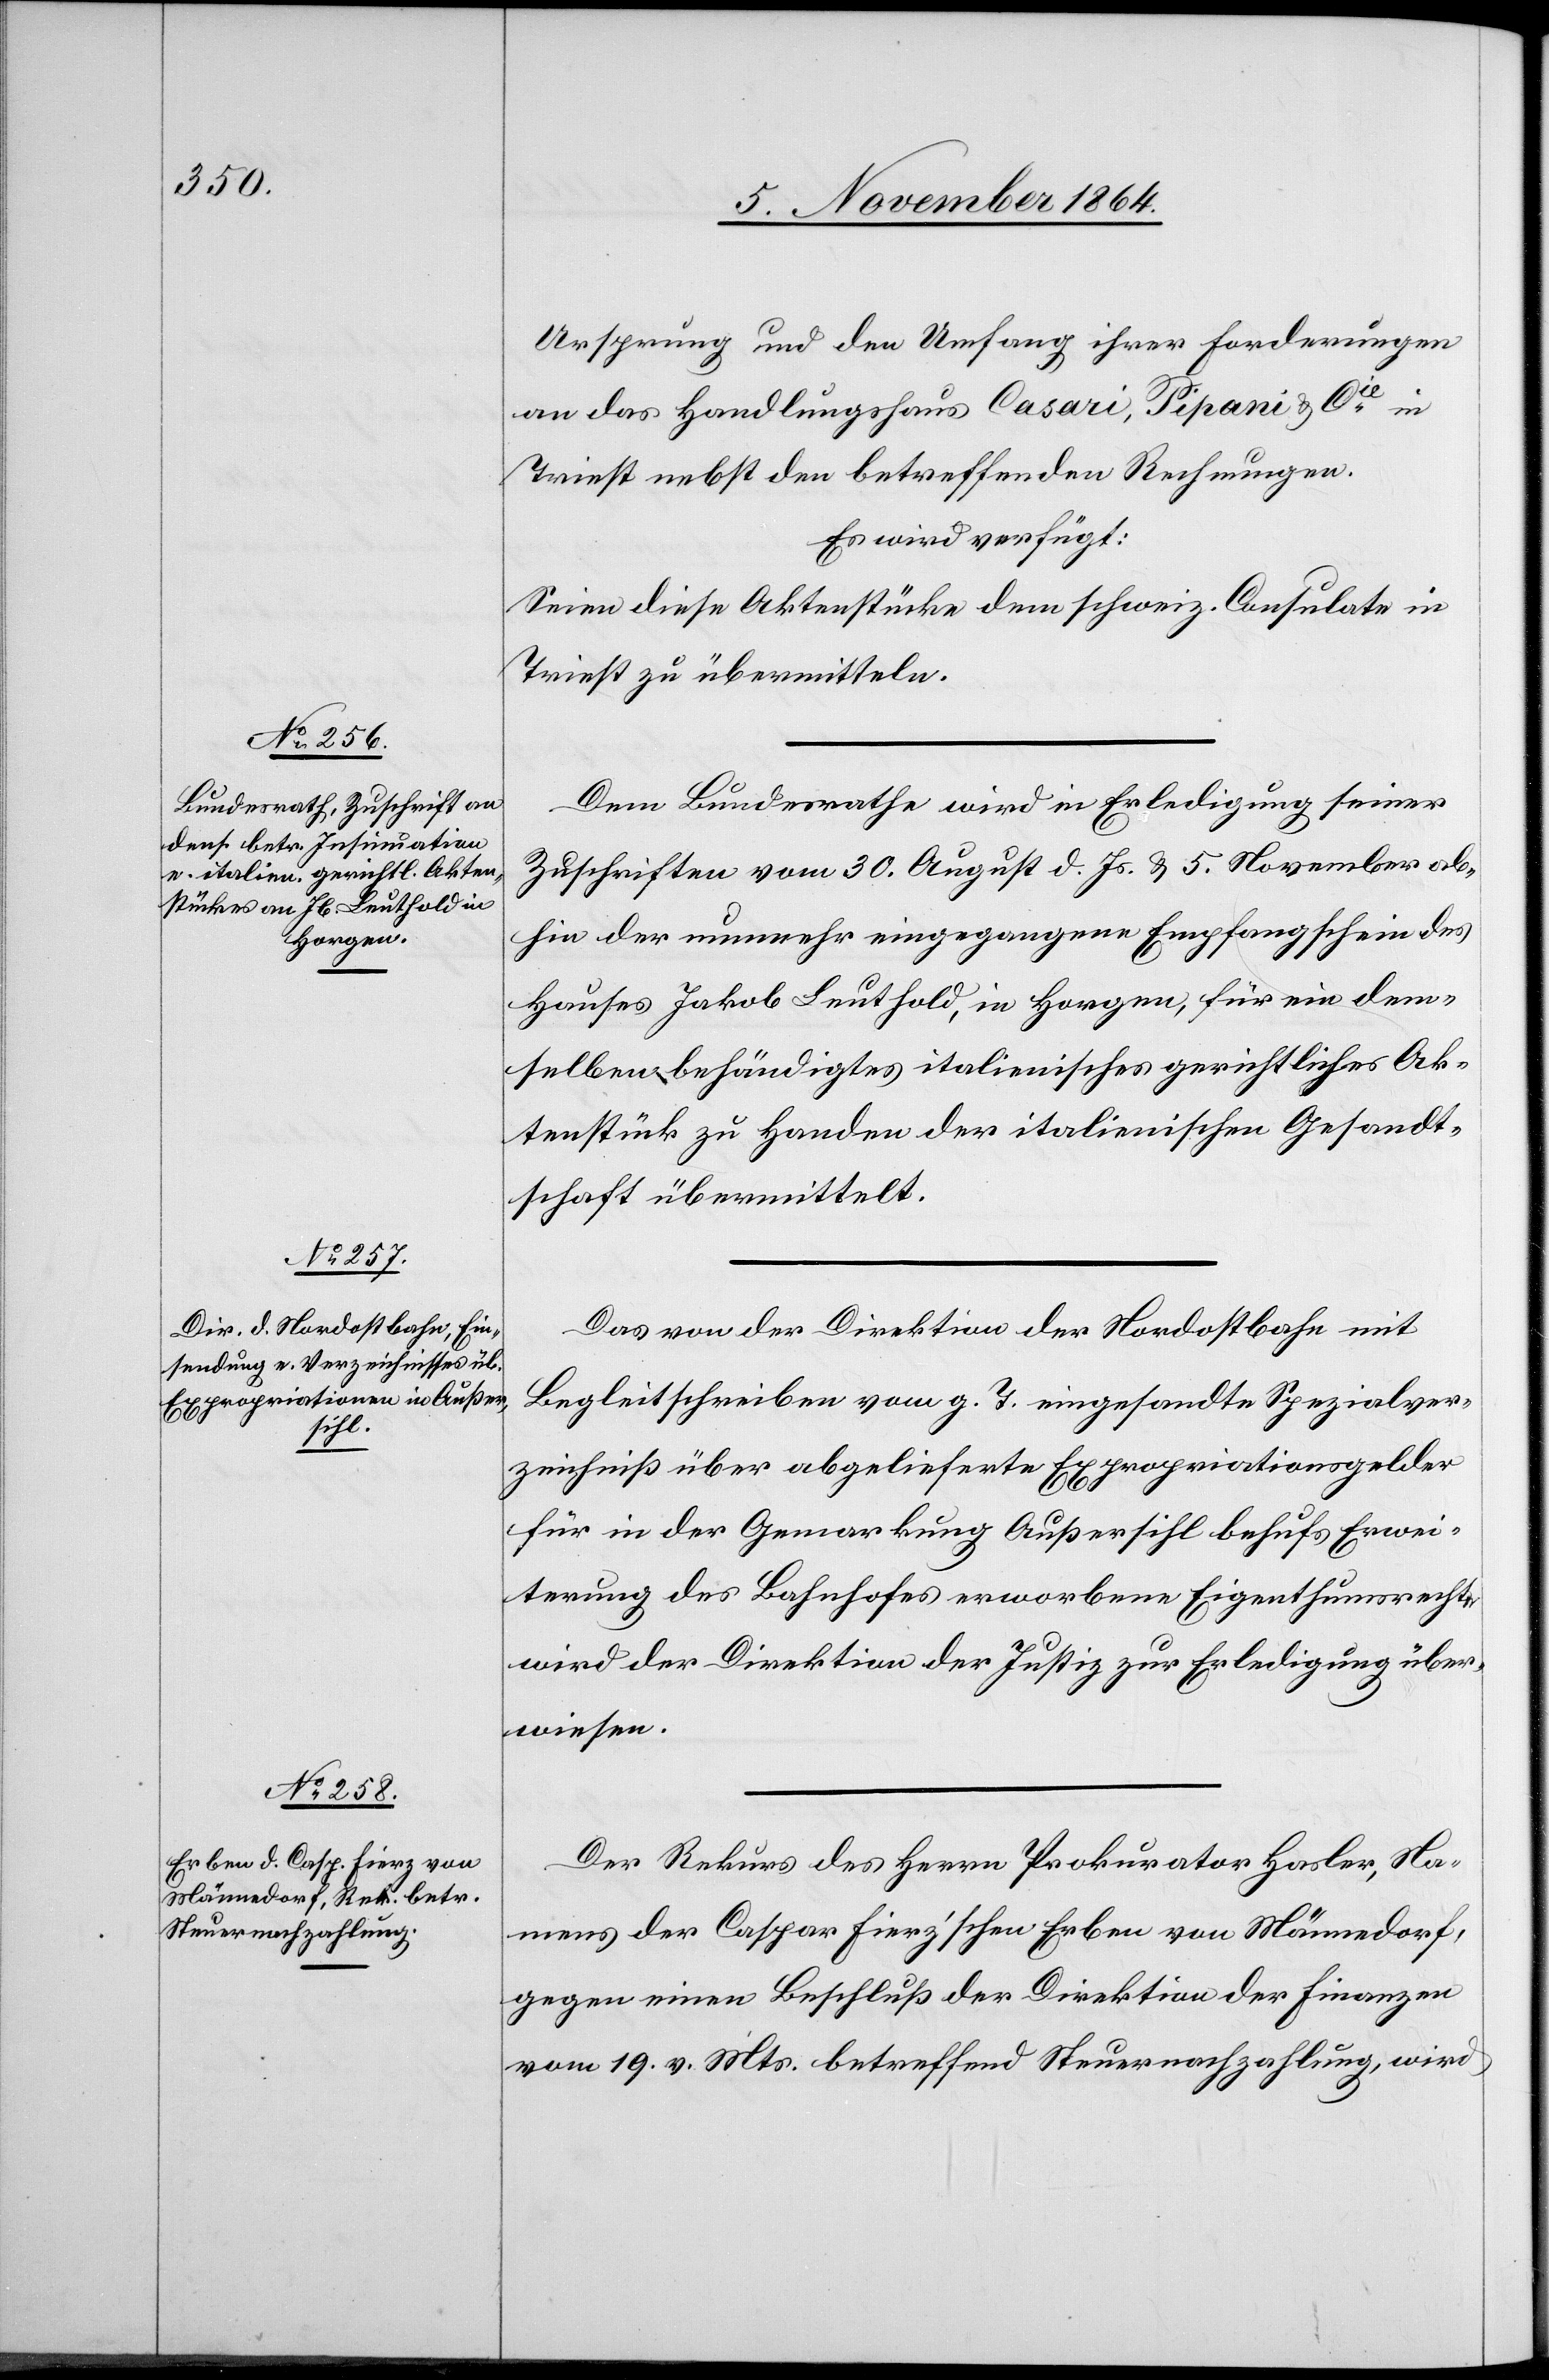
10. November 1864.]
Ursprung und den Umfang ihrer Forderungen
an das Handelshaus Casari, Pipani & Cie
Triest nebst den betreffenden Rechnungen.
Es wird verfügt:
Seien diese Aktenstücke dem schweiz. Consulate in
Triest zu übermitteln.
Dem Bundesrathe wird in Erledigung seiner
Zuschriften vom 30. August d. Js. & 5. November ab¬
hin der nunmehr eingegangene Empfangschein des
Hauses Jakob Leuthold, in Horgen, für ein dem¬
selben behändigtes italienisches gerichtliches Ak¬
tenstück zu Handen der italienischen Gesandt¬
schaft übermittelt.
Das von der Direktion der Nordostbahn mit
Begleitschreiben vom g. T. eingesandte Spezialver¬
zeichniß über abgelieferte Expropriationsgelder
für in der Gemarkung Außersihl behufs Erwei¬
terung des Bahnhofes erworbene Eigenthumsrechte
wird der Direktion der Justiz zur Erledigung über¬
wiesen.
Der Rekurs des Herrn Prokurator Hasler, Na¬
mens der Caspar Fierz’schen Erben von Männedorf,
gegen einen Beschluß der Direktion der Finanzen
vom 19. v. Mts. betreffend Steuernachzahlung, wird